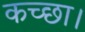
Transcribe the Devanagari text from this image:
कच्छा।